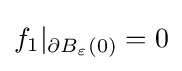
f_{1}|_{\partial B_{\varepsilon }(0)}=0